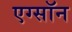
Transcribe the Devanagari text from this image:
एग्सॉन